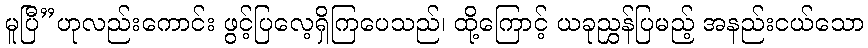
မူပြီ”ဟုလည်းကောင်း ဖွင့်ပြလေ့ရှိကြပေသည်၊ ထို့ကြောင့် ယခုညွှန်ပြမည့် အနည်းငယ်သော